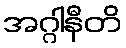
အဂ္ဂါနီတိ